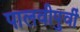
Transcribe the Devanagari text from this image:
पालवीपुर्वी